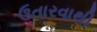
ઉતારવાથી